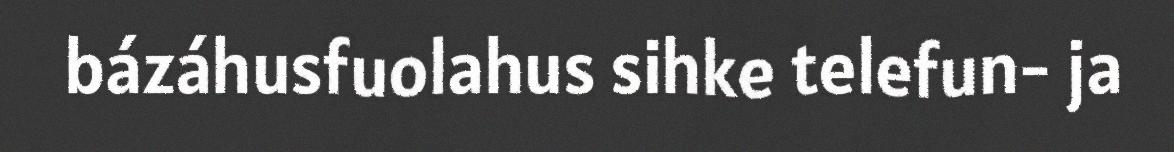
bázáhusfuolahus sihke telefun- ja